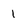
Character: 1